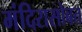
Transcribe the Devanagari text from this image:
मंदिरासोबत